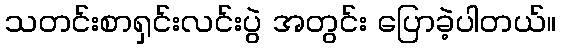
သတင်းစာရှင်းလင်းပွဲ အတွင်း ပြောခဲ့ပါတယ်။